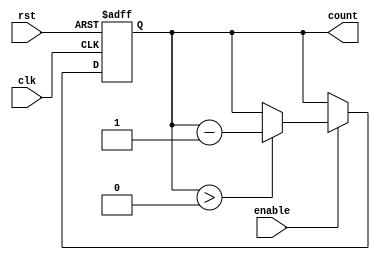
module decremental_counter #(
    parameter MAX_VALUE = 255, // Define MAX_VALUE based on bit-width (e.g., 8-bit -> 255)
    parameter COUNTER_WIDTH = 8 // Width of the counter
)(
    input wire clk,             // Clock signal
    input wire rst,             // Asynchronous reset signal
    input wire enable,          // Enable signal for decrementing
    output reg [COUNTER_WIDTH-1:0] count // Current counter value
);

// Main counter logic
always @(posedge clk or posedge rst) begin
    if (rst) begin
        count <= MAX_VALUE; // Reset counter to MAX_VALUE
    end else if (enable) begin
        if (count > 0) begin
            count <= count - 1; // Decrement the counter
        end
    end
end

endmodule